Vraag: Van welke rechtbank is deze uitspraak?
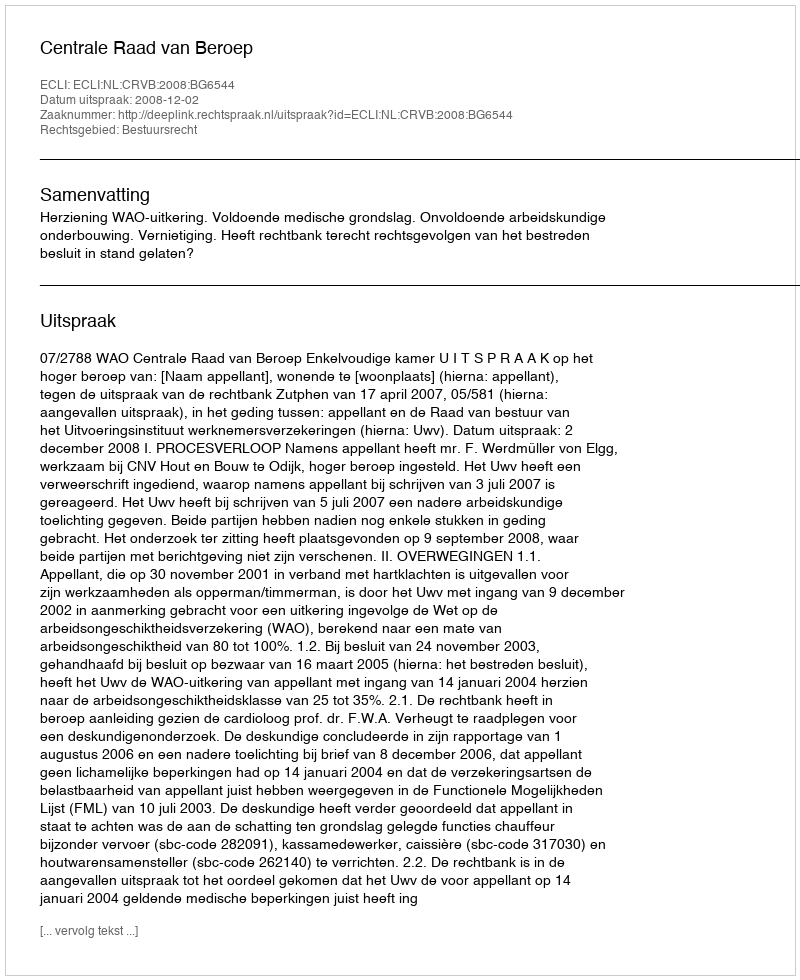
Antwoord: Centrale Raad van Beroep